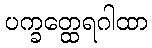
ပက္ခတ္ထေရဂါထာ